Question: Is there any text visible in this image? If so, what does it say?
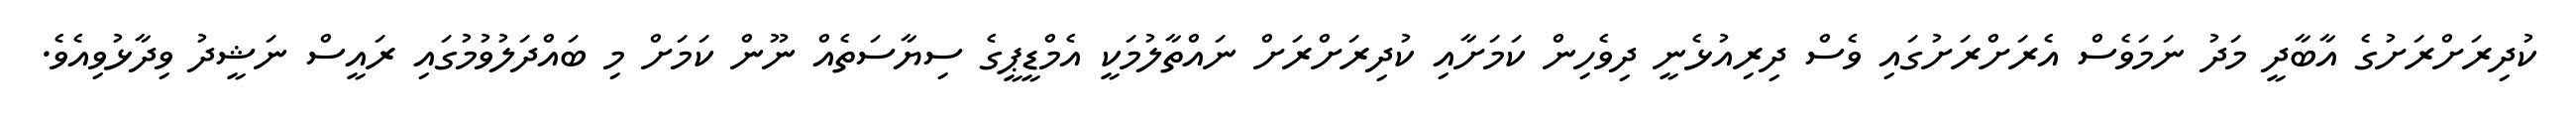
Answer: ކުދިރަށްރަށުގެ އާބާދީ މަދު ނަމަވެސް އެރަށްރަށުގައި ވެސް ދިރިއުޅެނީ ދިވެހިން ކަމަށާއި ކުދިރަށްރަށް ނައްތާލުމަކީ އެމްޑީޕީގެ ސިޔާސަތެއް ނޫން ކަމަށް މި ބައްދަލުވުމުގައި ރައީސް ނަޝީދު ވިދާޅުވިއެވެ.